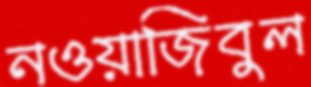
নওয়াজিবুল